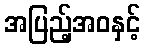
အပြည့်အဝနှင့်